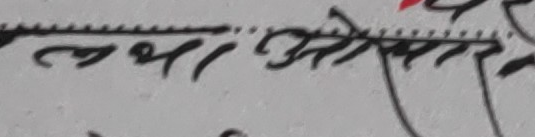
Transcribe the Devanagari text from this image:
लथा अत्तेर